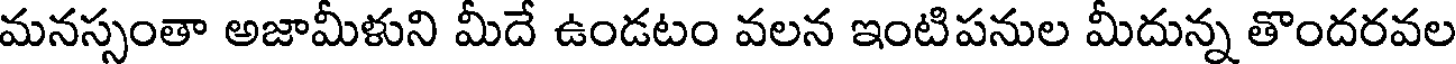
మనస్సంతా అజామీళుని మీదే ఉండటం వలన ఇంటిపనుల మీదున్న తొందరవల